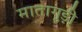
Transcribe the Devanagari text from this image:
मातागुड़ी